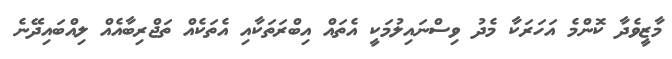
މާޒީވެދާ ކޮންމެ އަހަރަކާ މެދު ވިސްނައިލުމަކީ އެތައް އިބްރަތަކާއި އެތަކެއް ތަޖްރިބާއެއް ލިއްބައިދޭނެ